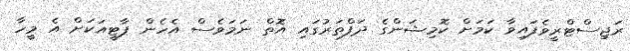
ރަޖިސްޓްރީވެފައިވާ ކަމަށް ކޮމިޝަންގެ ދަފްތަރުގައި އޮތް ނަމަވެސް އެހެން ޕާޓީއަކަށް އެ މީހާ